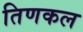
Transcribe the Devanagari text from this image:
तिणकल